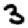
Digit: 3